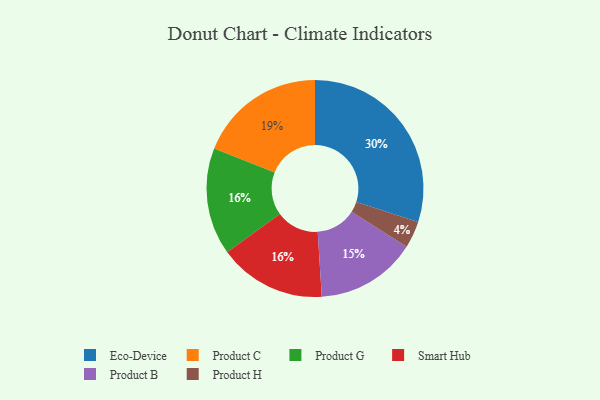
{"axis": {"x": "Category", "y": "Percentage"}, "legend": ["Eco-Device", "Product B", "Product C", "Product G", "Product H", "Smart Hub"], "data": [{"x": "Product G", "y": 16, "type": "Product G"}, {"x": "Product C", "y": 19, "type": "Product C"}, {"x": "Eco-Device", "y": 30, "type": "Eco-Device"}, {"x": "Product B", "y": 15, "type": "Product B"}, {"x": "Smart Hub", "y": 16, "type": "Smart Hub"}, {"x": "Product H", "y": 4, "type": "Product H"}]}